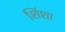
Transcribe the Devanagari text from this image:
शिंशा